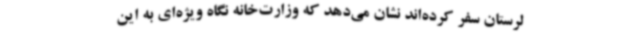
لرستان سفر کرده‌اند نشان می‌دهد که وزارت‌خانه نگاه ویژه‌ای به این